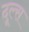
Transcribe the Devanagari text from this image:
दूल्स